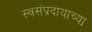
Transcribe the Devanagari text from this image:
स्वसंप्रदायाच्या